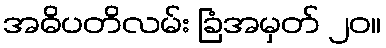
အဓိပတိလမ်း ခြံအမှတ် ၂၀။